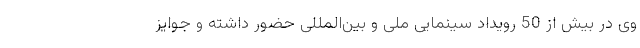
وی در بيش از 50 رويداد سينمایی ملی و بين‌المللی حضور داشته و جوايز